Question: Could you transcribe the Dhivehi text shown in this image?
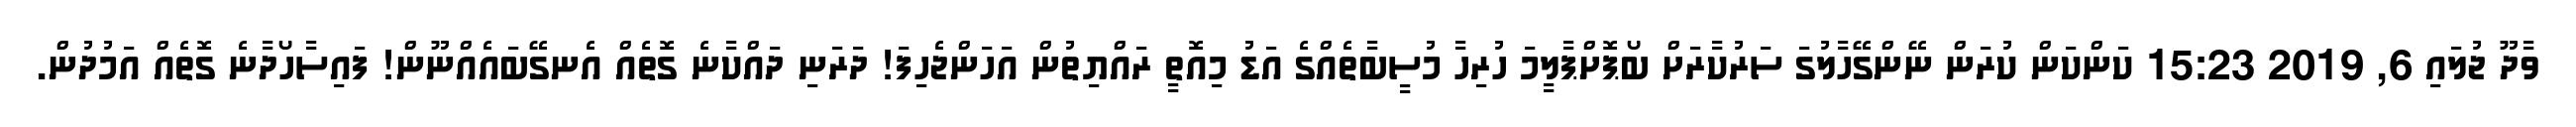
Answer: ވާދޫ ޖުލައި 6, 2019 15:23 ކަންކަން ކުރަން ނޭންގޭހާލުގަ ސަރުކާރަށް ބޯޕޮށްޕާލީމަ ހުރިހާ މުސީބާތެއްގެ އަޑު މިއޮތީ ރައްޔިތުން އަހަންޖެހިފަ! ދަރަނި ދައްކާނެ ގޮތެއް އެނގޭބައެއްނޫން! ފައިސާހޯދާނެ ގޮތެއް އަމުދުން.